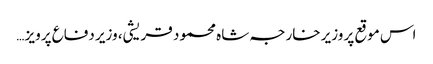
اس موقع پر وزیر خارجہ شاہ محمود قریشی، وزیر دفاع پرویز …